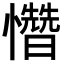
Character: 㦧